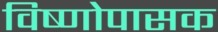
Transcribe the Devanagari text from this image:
विष्णोपासक